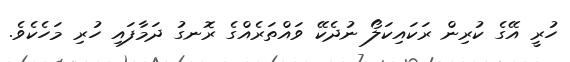
ހުރީ އޭގެ ކުރިން ރަކައިކަލޯ ނުދެކޭ ވައްތަރެއްގެ ރޮނގު ދަމާފައި ހުރި މަހެކެވެ.